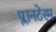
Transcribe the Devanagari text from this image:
प्लानटेरम